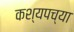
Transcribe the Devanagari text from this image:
कश्यपच्या